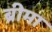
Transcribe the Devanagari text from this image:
ब्रीमा